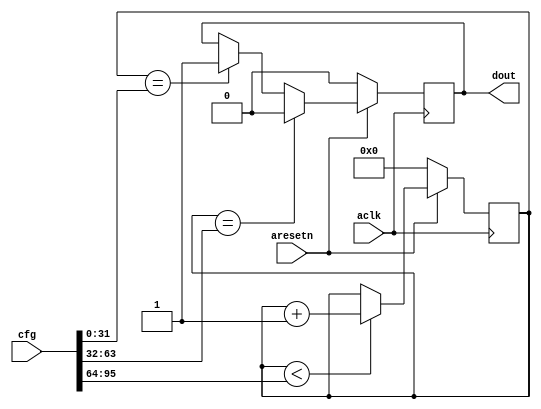
module pulse_generator #
(
  parameter         CONTINUOUS = "FALSE"
)
(
  input  wire        aclk,
  input  wire        aresetn,

  input  wire [95:0] cfg,

  output wire        dout
);

  reg int_dout_reg, int_dout_next;
  reg [31:0] int_cntr_reg, int_cntr_next;

  always @(posedge aclk)
  begin
    if(~aresetn)
    begin
      int_dout_reg <= 1'b0;
      int_cntr_reg <= 32'd0;
    end
    else
    begin
      int_dout_reg <= int_dout_next;
      int_cntr_reg <= int_cntr_next;
    end
  end

  always @*
  begin
    int_dout_next = int_dout_reg;

    if(int_cntr_reg == cfg[31:0])
    begin
      int_dout_next = 1'b1;
    end

    if(int_cntr_reg == cfg[63:32])
    begin
      int_dout_next = 1'b0;
    end
  end

  generate
    if(CONTINUOUS == "TRUE")
    begin : CONTINUOUS
      always @*
      begin
        int_cntr_next = int_cntr_reg;

        if(int_cntr_reg < cfg[95:64])
        begin
          int_cntr_next = int_cntr_reg + 1'b1;
        end
        else
        begin
          int_cntr_next = 32'd0;
        end
      end
    end
    else
    begin : STOP
      always @*
      begin
        int_cntr_next = int_cntr_reg;

        if(int_cntr_reg < cfg[95:64])
        begin
          int_cntr_next = int_cntr_reg + 1'b1;
        end
      end
    end
  endgenerate

  assign dout = int_dout_reg;

endmodule